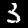
Digit: 3